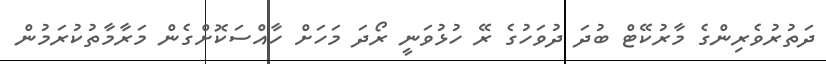
ދަތުރުވެރިންގެ މާރުކޭޓް ބުދަ ދުވަހުގެ ރޭ ހުޅުވަނީ ރޯދަ މަހަށް ހާއްސަކޮށްގެން މަރާމާތުކުރަމުން